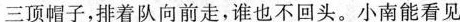
三顶帽子，排着队向前走，谁也不回头。小南能看见